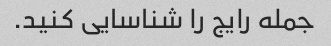
جمله رایج را شناسایی کنید.